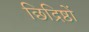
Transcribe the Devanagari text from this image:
छिद्रिष्ठों